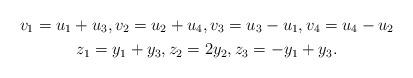
LaTeX: \begin{gather*} v_1 = u_1 + u_3, v_2 = u_2 + u_4, v_3 = u_3 - u_1, v_4 = u_4 - u_2 \\ z_1 = y_1 + y_3, z_2 = 2y_2, z_3 = -y_1 + y_3. \end{gather*}